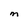
Character: M